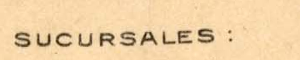
SUCURSALES